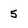
Character: 5